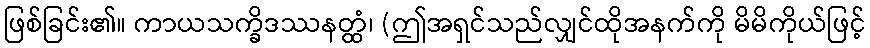
ဖြစ်ခြင်း၏။ ကာယသက္ခိဒဿနတ္ထံ၊ (ဤအရှင်သည်လျှင်ထိုအနက်ကို မိမိကိုယ်ဖြင့်